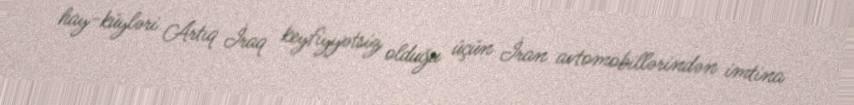
hay-küyləri Artıq İraq keyfiyyətsiz olduğu üçün İran avtomobillərindən imtina